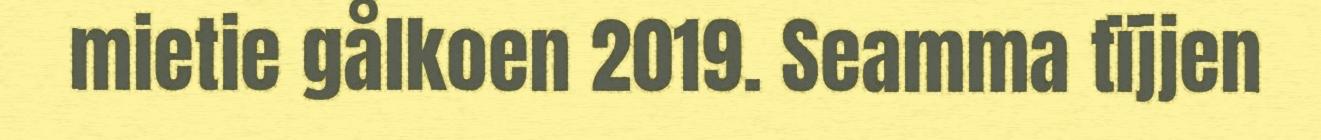
mietie gålkoen 2019. Seamma tïjjen